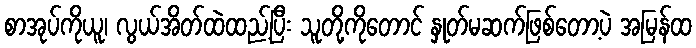
စာအုပ်ကိုယူ၊ လွယ်အိတ်ထဲထည့်ပြီး သူတို့ကိုတောင် နှုတ်မဆက်ဖြစ်တော့ပဲ အမြန်ထ